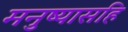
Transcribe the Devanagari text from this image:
मनुष्यासहि